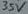
Text: 35V